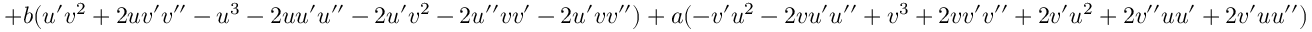
+ b ( u ^ { \prime } v ^ { 2 } + 2 u v ^ { \prime } v ^ { \prime \prime } - u ^ { 3 } - 2 u u ^ { \prime } u ^ { \prime \prime } - 2 u ^ { \prime } v ^ { 2 } - 2 u ^ { \prime \prime } v v ^ { \prime } - 2 u ^ { \prime } v v ^ { \prime \prime } ) + a ( - v ^ { \prime } u ^ { 2 } - 2 v u ^ { \prime } u ^ { \prime \prime } + v ^ { 3 } + 2 v v ^ { \prime } v ^ { \prime \prime } + 2 v ^ { \prime } u ^ { 2 } + 2 v ^ { \prime \prime } u u ^ { \prime } + 2 v ^ { \prime } u u ^ { \prime \prime } )